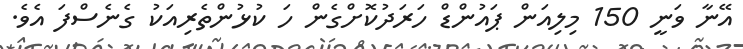
އޭނާ ވަނީ 150 މިލިއަން ޕައުންޑް ހަރަދުކޮށްގެން ހަ ކުޅުންތެރިއަކު ގެނެސްފަ އެވެ.